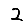
Digit: 2